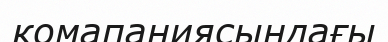
комапаниясындағы